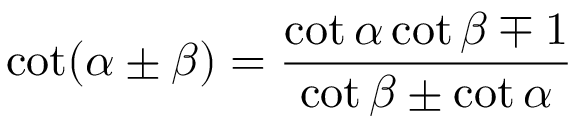
\cot ( \alpha \pm \beta ) = { \frac { \cot \alpha \cot \beta \mp 1 } { \cot \beta \pm \cot \alpha } }